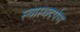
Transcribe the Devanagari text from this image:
स्वास्थदर्पण